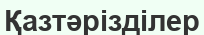
Қазтәрізділер